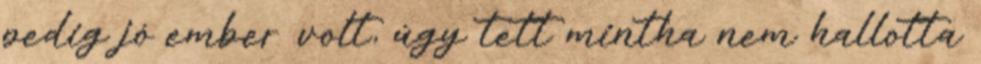
pedig jó ember volt, úgy tett mintha nem hallotta